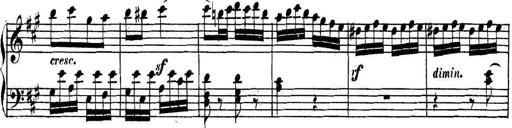
Title: Collected Piano Sonatas
Composer: Muzio Clementi